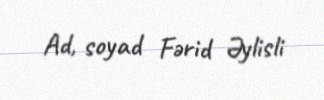
Ad, soyad Fərid Əylisli